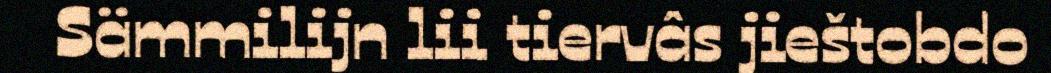
Sämmilijn lii tiervâs jieštobdo